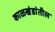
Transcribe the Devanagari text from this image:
काळखंडांतील